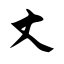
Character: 丈